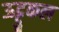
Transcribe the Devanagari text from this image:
ऊट्टुकल